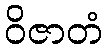
ဝိဇာတံ